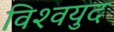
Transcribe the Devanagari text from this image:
विश्‍वयुद